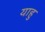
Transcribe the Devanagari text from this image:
याहु